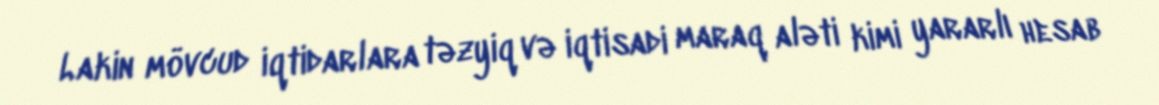
Lakin mövcud iqtidarlara təzyiq və iqtisadi maraq aləti kimi yararlı hesab